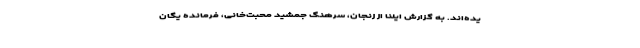
یده‌اند. به گزارش ایلنا از زنجان، سرهنگ جمشید محبت‌خانی، فرمانده یگان